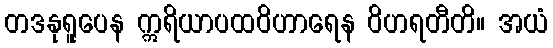
တဒနုရူပေန ဣရိယာပထဝိဟာရေန ဝိဟရတီတိ။ အယံ